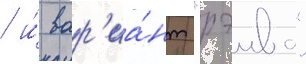
/ и́ вар'иа́нт "рэива"